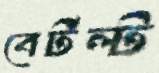
বের্টল্ট